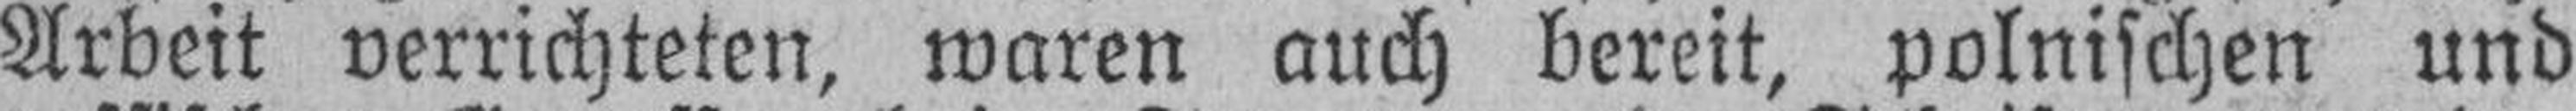
Arbeit verrichteten, waren auch bereit, polnischen und